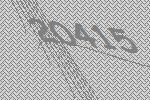
20415